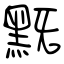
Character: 黖